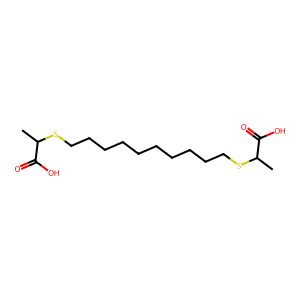
SMILES: CC(SCCCCCCCCCCSC(C)C(=O)O)C(=O)O
Inhibits HIV replication: No